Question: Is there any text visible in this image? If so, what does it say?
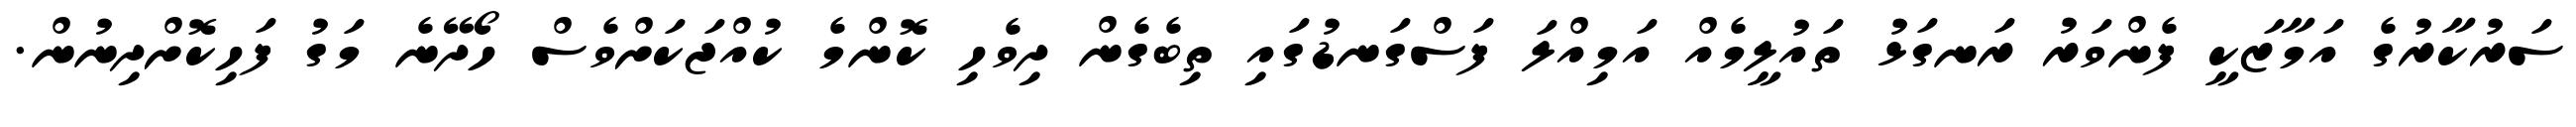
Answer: ސަރުކާރުގެ އަމާޒަކީ ފެންވަރު ރަނގަޅު ތައުލީމެއް އަމިއްލަ ފަސްގަނޑުގައި ތިބެގެން ދިވެހި ކޮންމެ ކުއްޖަކަށްވެސް ހޯދޭނެ މަގު ފަހިކޮށްދިނުން.